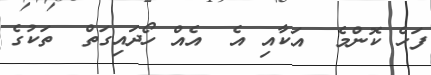
ފަހެ ކޮންމެ  އަކާއި އެ  އެއް ހޯދައިގަތް  ތަކުގެ